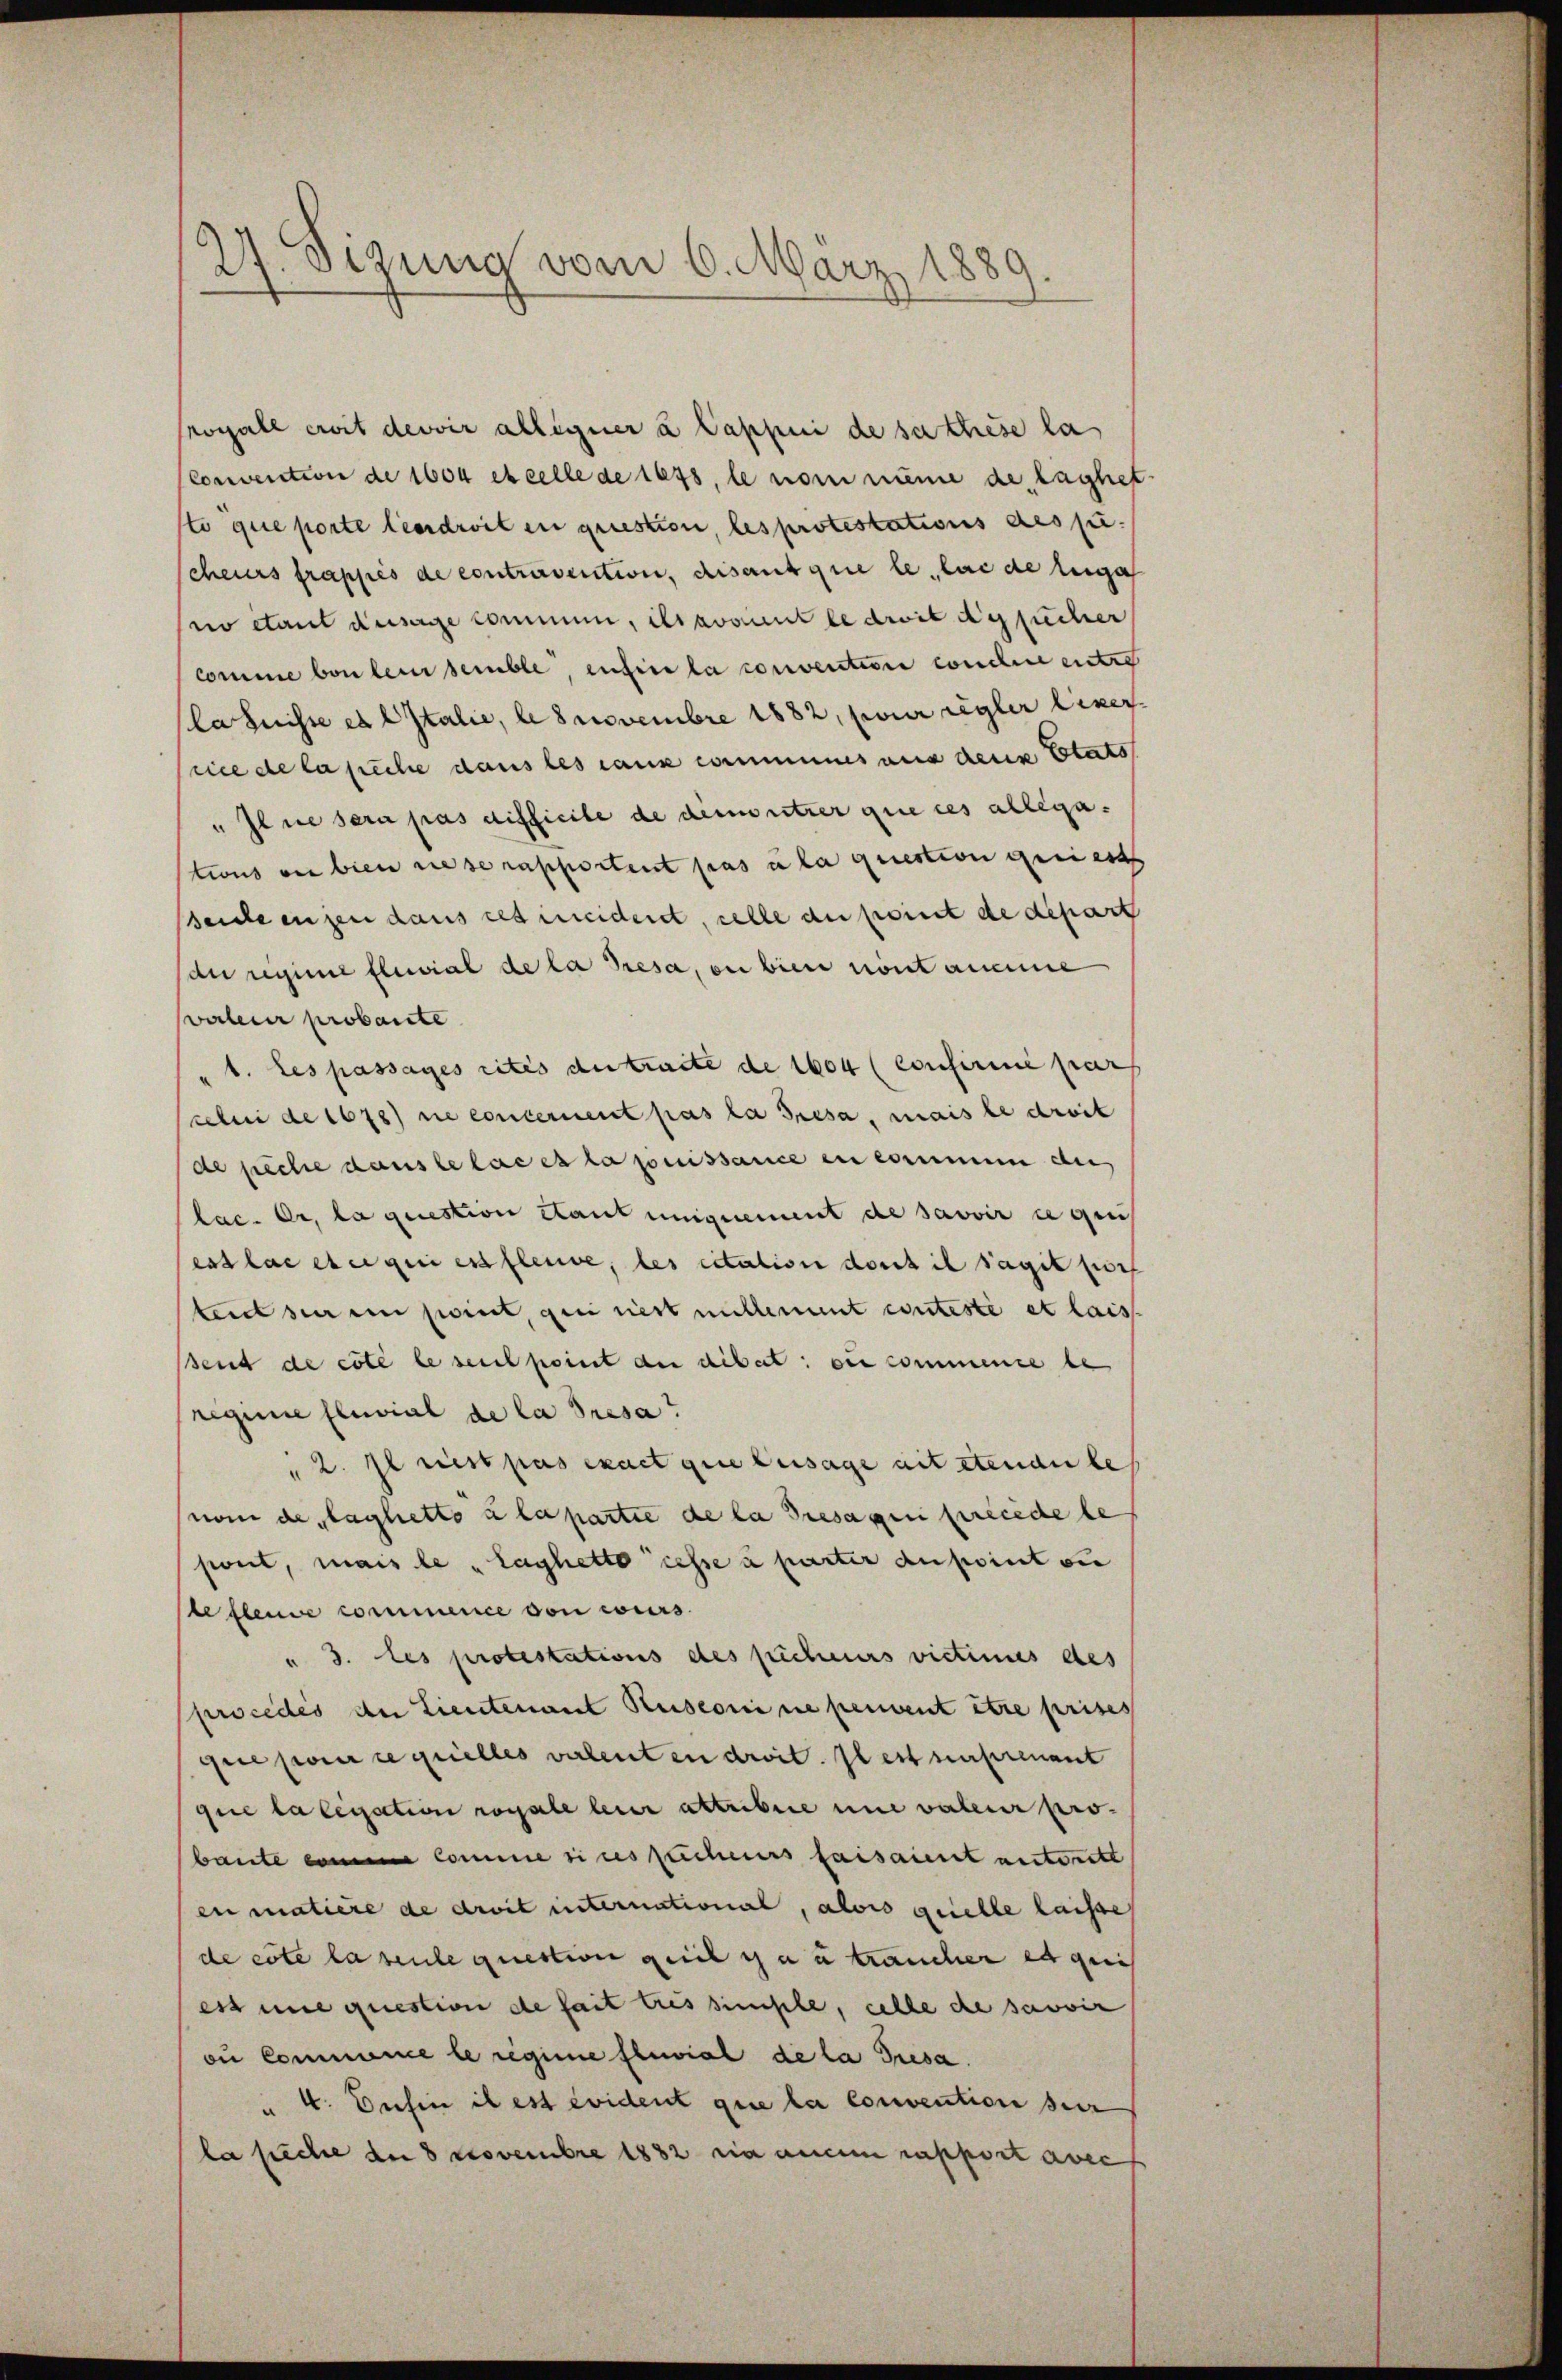
27. Sitzung vom 6. März 1889

Morall erit devoir ablegner à Cappui de sathese la
Convention de 1604 et celle de lass, le nommene de laghet.
sto que porte leerdroit in question, les protestations desj
cheurs frappes de controvention, disant que le lui de lega
no etaut dusage commen, ihr koment le droit de sucher
comme von leur semble, infin la convention conchine entre
lahnisse es Italie, le 8 Novembre 1882, pour regler liner
rice de la siche dans les caux communes aus denn Etats
" Il ne sera pas difficile de demnitzer que ces allegations vor bien diese rapportent pas u la question geriest
seiche engen dans cet ineident, celle de port de depart
de regene Eluvial de la Tresa, en bien mont aneine
valeur probarte
1. Les passages rites detracte de 1604 (confirme pers
cebei de 1678) die concernent pas la Triesa, mais le droit
de siche dans le laces la puissance en commen der
lac. Or, la question Haut unignement de savoir e geis
est lae et qui est fleuve, les citation dort il s’agit fort
tent sie ein seint, geei riest millement conteste et lais
seut de cole le seul point der dibat: on commence be
regime pluvial de la Presa?
2. Il riest pas exact que usage ait stende be
nom de laghetto a la partie de la presagui precede le
pont, mais le „laghetto cesse à parter anpoint si
befleuve commence von cours.
" 3. les protestations des pichers vicimus des
procedes der Lieutenant Reiseorie ne peuvent être prises
que parirte grielles valenten droit. Il est mehrenant
que la legation royale hier attribire und valeur probaute eine Comme sins fachenes faisaint unterett
en matière de droit international, alois quelle laisse
de erte la sente question geeil in u traucher es geis
ess une question de fait tres simple, celle de savoir
oi Commence le regime sterial de la Tresa
" 4. Dahin il est évident que le convention der
la siche der 8 Novembre 1882 in anei rapport avec